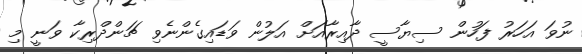
ނުވަ އަހަރު ފަހުން ސިޔާސީ ދާއިރާއަށް އަލުން ވަޑައިގެންނެވި ޗަންދްރިކާ ވަނީ މި